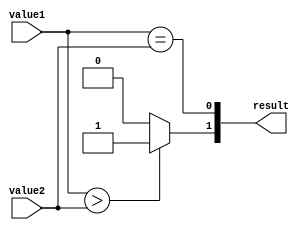
module comparator (
    input [31:0] value1,
    input [31:0] value2,
    output [1:0] result
);

assign result[0] = (value1 == value2);
assign result[1] = (value1 > value2) ? 1 : 0;

endmodule